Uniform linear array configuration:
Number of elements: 32
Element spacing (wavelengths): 0.75
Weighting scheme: cosine
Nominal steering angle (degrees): -30
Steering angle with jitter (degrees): -30.907
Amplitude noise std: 0.05
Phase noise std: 0.05

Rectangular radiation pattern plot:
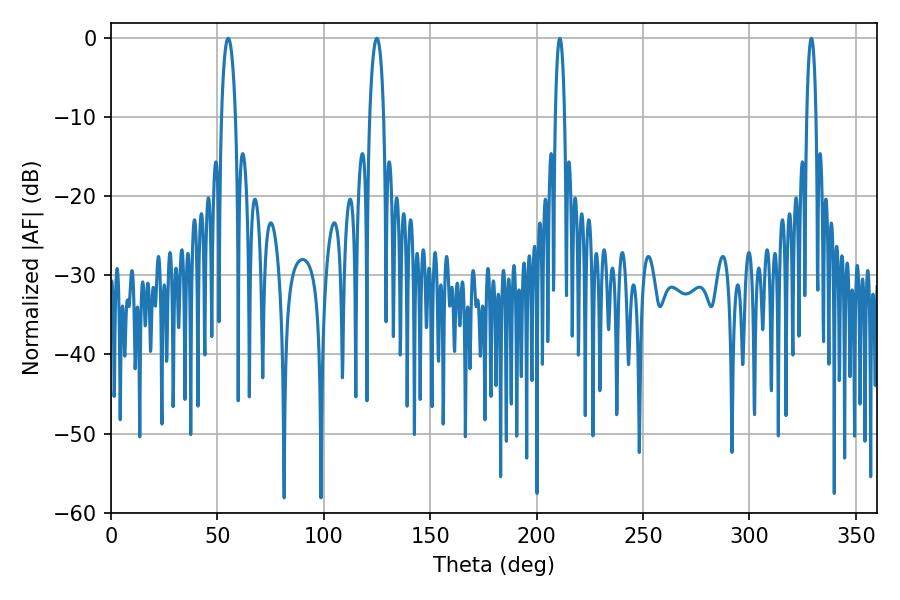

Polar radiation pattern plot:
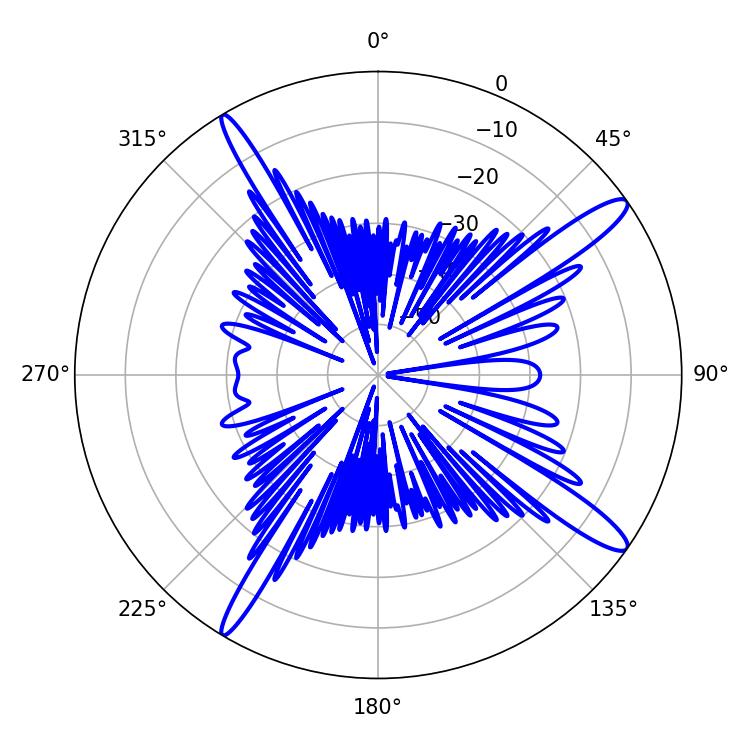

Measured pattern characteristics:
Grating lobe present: TRUE
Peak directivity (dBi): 14.575
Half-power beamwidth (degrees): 3.6
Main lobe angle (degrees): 55.08